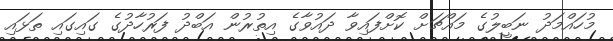
މުހައްމަދު ނަބީލުގެ މައްޗަށް ކޮށްފައިވާ ދައުވާގެ އިތުރުން އަބްދު ފަރުހާދުގެ ގައިގައި ތަޅައި